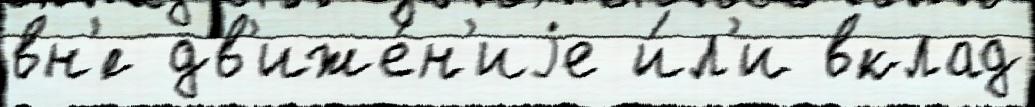
вн'́с дв'иже́н'иjе и́л'и вклад